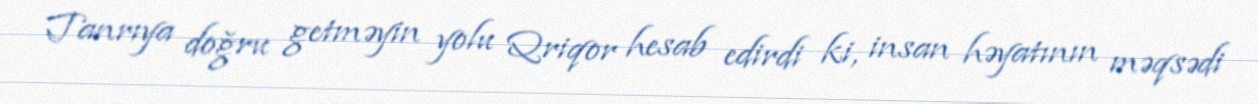
Tanrıya doğru getməyin yolu Qriqor hesab edirdi ki, insan həyatının məqsədi